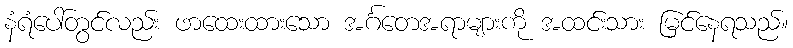
နံရံပေါ်တွင်လည်း ဖာထေးထားသော အင်္ဂတေအရာများကို အထင်းသား မြင်နေရသည်။